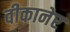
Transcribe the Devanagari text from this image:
वीकानेर